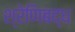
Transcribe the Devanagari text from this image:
श्रेणिबद्ध